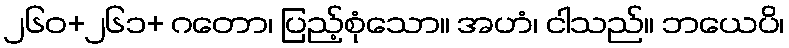
၂၆၀+၂၆၁+ ဂတော၊ ပြည့်စုံသော။ အဟံ၊ ငါသည်။ ဘယေပိ၊